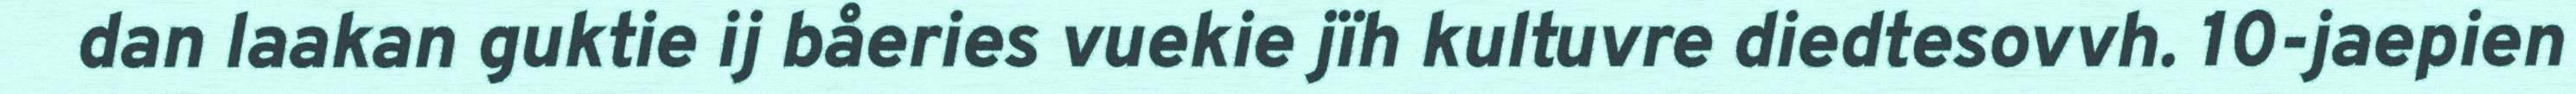
dan laakan guktie ij båeries vuekie jïh kultuvre diedtesovvh. 10-jaepien